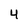
Character: 4